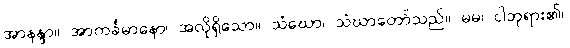
အာနန္ဒာ။ အာကင်္ခမာနော၊ အလိုရှိသော။ သံဃော၊ သံဃာတော်သည်။ မမ၊ ငါဘုရား၏။